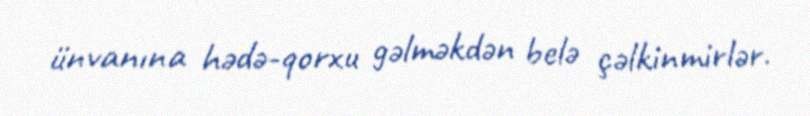
ünvanına hədə-qorxu gəlməkdən belə çəlkinmirlər.